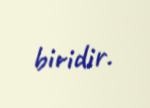
biridir.